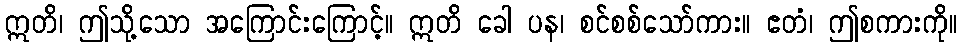
ဣတိ၊ ဤသို့သော အကြောင်းကြောင့်။ ဣတိ ခေါ ပန၊ စင်စစ်သော်ကား။ ဧတံ၊ ဤစကားကို။